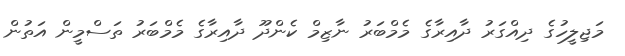
މަޖިލީހުގެ ދިއްގަރު ދާއިރާގެ މެމްބަރު ނާޒިމް ކެންދޫ ދާއިރާގެ މެމްބަރު ތަސްމީން އަތުން